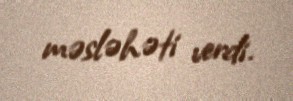
məsləhəti verdi.